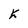
Character: K